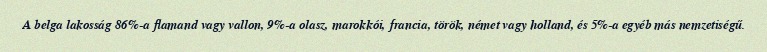
A belga lakosság 86%-a flamand vagy vallon, 9%-a olasz, marokkói, francia, török, német vagy holland, és 5%-a egyéb más nemzetiségű.